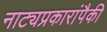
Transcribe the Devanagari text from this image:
नाट्यप्रकारांपैकी